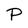
Character: P